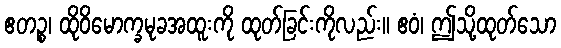
ဧတဉ္စ၊ ထိုဝိမောက္ခမုခအထူးကို ထုတ်ခြင်းကိုလည်း။ ဧဝံ၊ ဤသို့ထုတ်သော